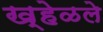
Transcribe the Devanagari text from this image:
ख्हेळले